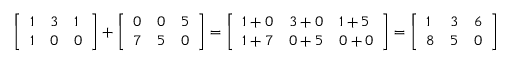
{ \left[ \begin{array} { l l l } { 1 } & { 3 } & { 1 } \\ { 1 } & { 0 } & { 0 } \end{array} \right] } + { \left[ \begin{array} { l l l } { 0 } & { 0 } & { 5 } \\ { 7 } & { 5 } & { 0 } \end{array} \right] } = { \left[ \begin{array} { l l l } { 1 + 0 } & { 3 + 0 } & { 1 + 5 } \\ { 1 + 7 } & { 0 + 5 } & { 0 + 0 } \end{array} \right] } = { \left[ \begin{array} { l l l } { 1 } & { 3 } & { 6 } \\ { 8 } & { 5 } & { 0 } \end{array} \right] }